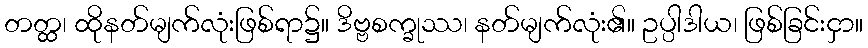
တတ္ထ၊ ထိုနတ်မျက်လုံးဖြစ်ရာ၌။ ဒိဗ္ဗစက္ခုဿ၊ နတ်မျက်လုံး၏။ ဥပ္ပါဒါယ၊ ဖြစ်ခြင်းငှာ။